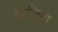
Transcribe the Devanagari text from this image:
कैलिमा